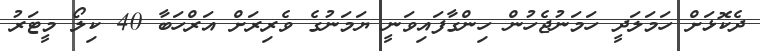
ދެކޮޅަށް ހަމަލަދީ ހަމަނުޖެހުން ހިންގާފައިވަނީ ޔަމަނުގެ ވެރިރަށް އަރްހަބާ 40 ކިލޯ މީޓަރު